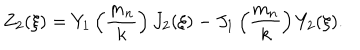
Z _ { 2 } ( \xi ) = Y _ { 1 } \left( \frac { m _ { n } } { k } \right) J _ { 2 } ( \xi ) - J _ { 1 } \left( \frac { m _ { n } } { k } \right) Y _ { 2 } ( \xi ) .